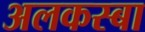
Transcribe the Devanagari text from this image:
अलकस्बा